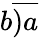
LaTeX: b{\overline{{)a}}}